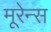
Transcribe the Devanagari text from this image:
मूरेन्स